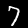
Digit: 7